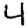
Digit: 4